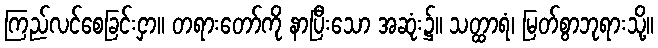
ကြည်လင်စေခြင်းငှာ။ တရားတော်ကို နာပြီးသော အဆုံး၌။ သတ္ထာရံ၊ မြတ်စွာဘုရားသို့။